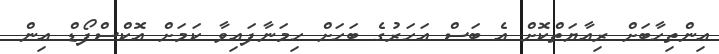
އިންތިހާބަށް ރިއާޔަތްކޮށް އެ ބަސް އަހަރުގެ ބަހަށް ހިމަނާފައިވާ ކަމަށް އޮކްސްފޯޑް އިން